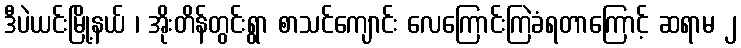
ဒီပဲယင်းမြို့နယ် ၊ အိုးတိန်တွင်းရွာ စာသင်ကျောင်း လေကြောင်းကြဲခံရတာကြောင့် ဆရာမ ၂